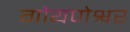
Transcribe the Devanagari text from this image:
गोयणेश्वर